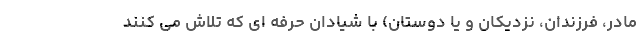
مادر، فرزندان، نزدیکان و یا دوستان) با شیادان حرفه ای که تلاش می کنند